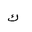
Letter: _kaf